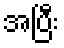
အပြီး